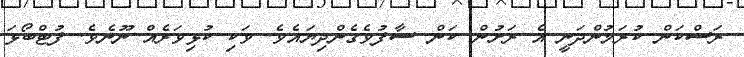
ރަސްކަން ކުރަމުންދަނީ އެ ރަށުން ކަން ސާފުވެގެންދިޔައެވެ. ވަކި ކުޅިވަރެއް ނޫނެވެ. ފުޓްބޯޅަ